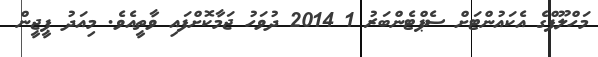
މަހްލޫފްގެ އެކައުންޓަށް ސެޕްޓެންބަރު 1 2014 ދުވަހު ޖަމާކޮށްފައި ވާތީއެވެ. މިއަދު ޕީޖީން